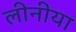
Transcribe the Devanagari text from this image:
लीनीया